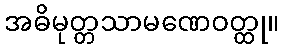
အဓိမုတ္တသာမဏေဝတ္ထု။